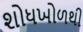
શોધખોળથી